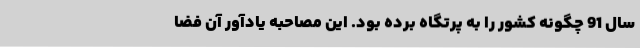
سال 91 چگونه کشور را به پرتگاه برده بود. این مصاحبه یادآور آن فضا